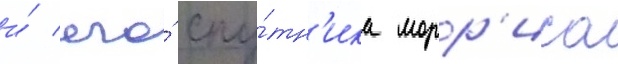
и́ его́ спу́тн'ика морр'иса